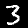
Label: 3